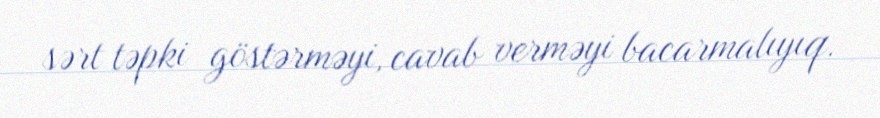
sərt təpki göstərməyi, cavab verməyi bacarmalıyıq.